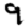
Digit: 9